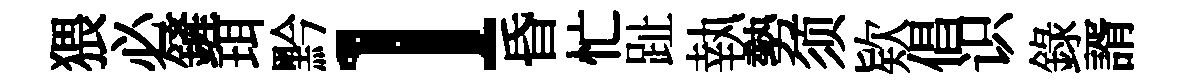
猥必鏟珥黔l昏忙趾執勢须欵倡识錄諝